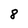
Character: 8